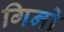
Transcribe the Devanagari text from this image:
गिनो